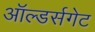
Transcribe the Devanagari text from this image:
ऑल्डर्सगेट